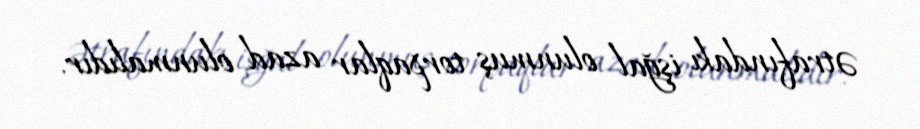
ətrafındakı işğal olunmuş torpaqlar azad olunmalıdır.